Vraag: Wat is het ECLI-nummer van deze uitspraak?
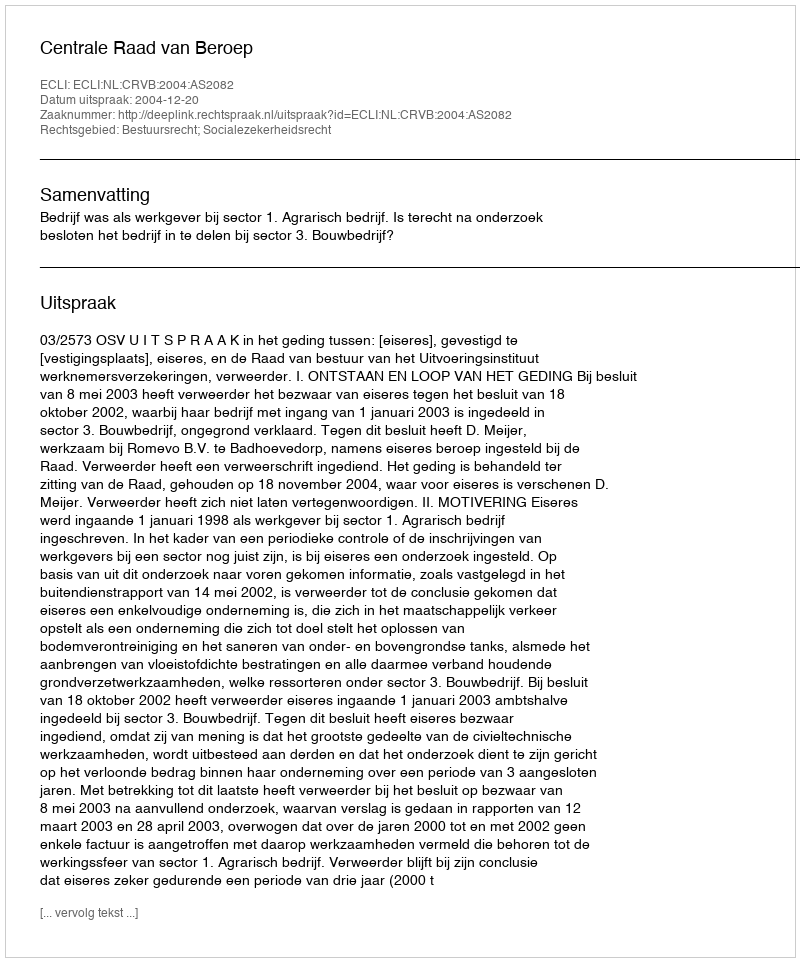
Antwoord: ECLI:NL:CRVB:2004:AS2082